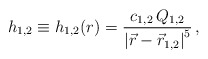
\begin{align*}{h_{1,2}} \equiv {h_{1,2}}(r) = {{c_{1,2} \, Q_{1,2}}\over{\left| \vec{r} - \vec{r}_{1,2} \right|^5}} \, ,\end{align*}